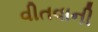
વીતવાની